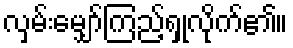
လှမ်းမျှော်ကြည့်ရှုလိုက်၏။